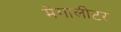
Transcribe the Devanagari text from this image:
मेगालीटर